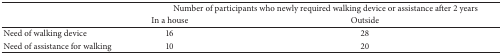
|  | <COLSPAN=2> Number of participants who newly required walking device or assistance after 2 years |
 |  | In a house | Outside |
 | --- | --- | --- |
 | Need of walking device | 16 | 28 |
 | Need of assistance for walking | 10 | 20 |